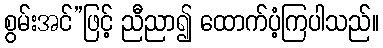
စွမ်းအင်”ဖြင့် ညီညာ၍ ထောက်ပံ့ကြပါသည်။